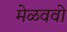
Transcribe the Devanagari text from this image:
मेळववो